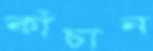
কাঁচান